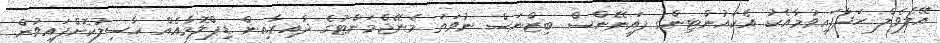
އޭލެވެލް ހަދާފައިވުމާއެކު އެކައުންޓިންގ ފައިނޭންސް ބިޒްނަސް ނުވަތަ މެނޭޖްމަންޓުގެ ދާއިރާއިން ޑިޕްލޮމާއެއް ހާސިލުކޮށްފައިވުން.